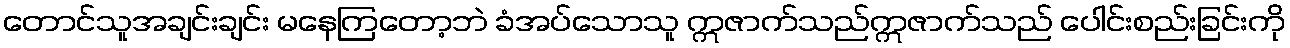
တောင်သူအချင်းချင်း မနေကြတော့ဘဲ ခံအပ်သောသူ ဣဇာက်သည်ဣဇာက်သည် ပေါင်းစည်းခြင်းကို